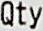
QTY